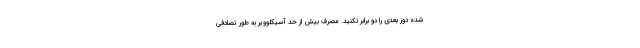
شده دوز بعدی را دو برابر نکنید. مصرف بیش از حد آسیکلوویر به طور تصادفی